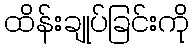
ထိန်းချုပ်ခြင်းကို